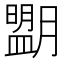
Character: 𦡉